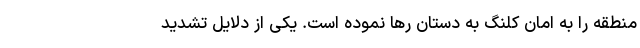
منطقه را به امان کلنگ به دستان رها نموده است. یکی از دلایل تشدید